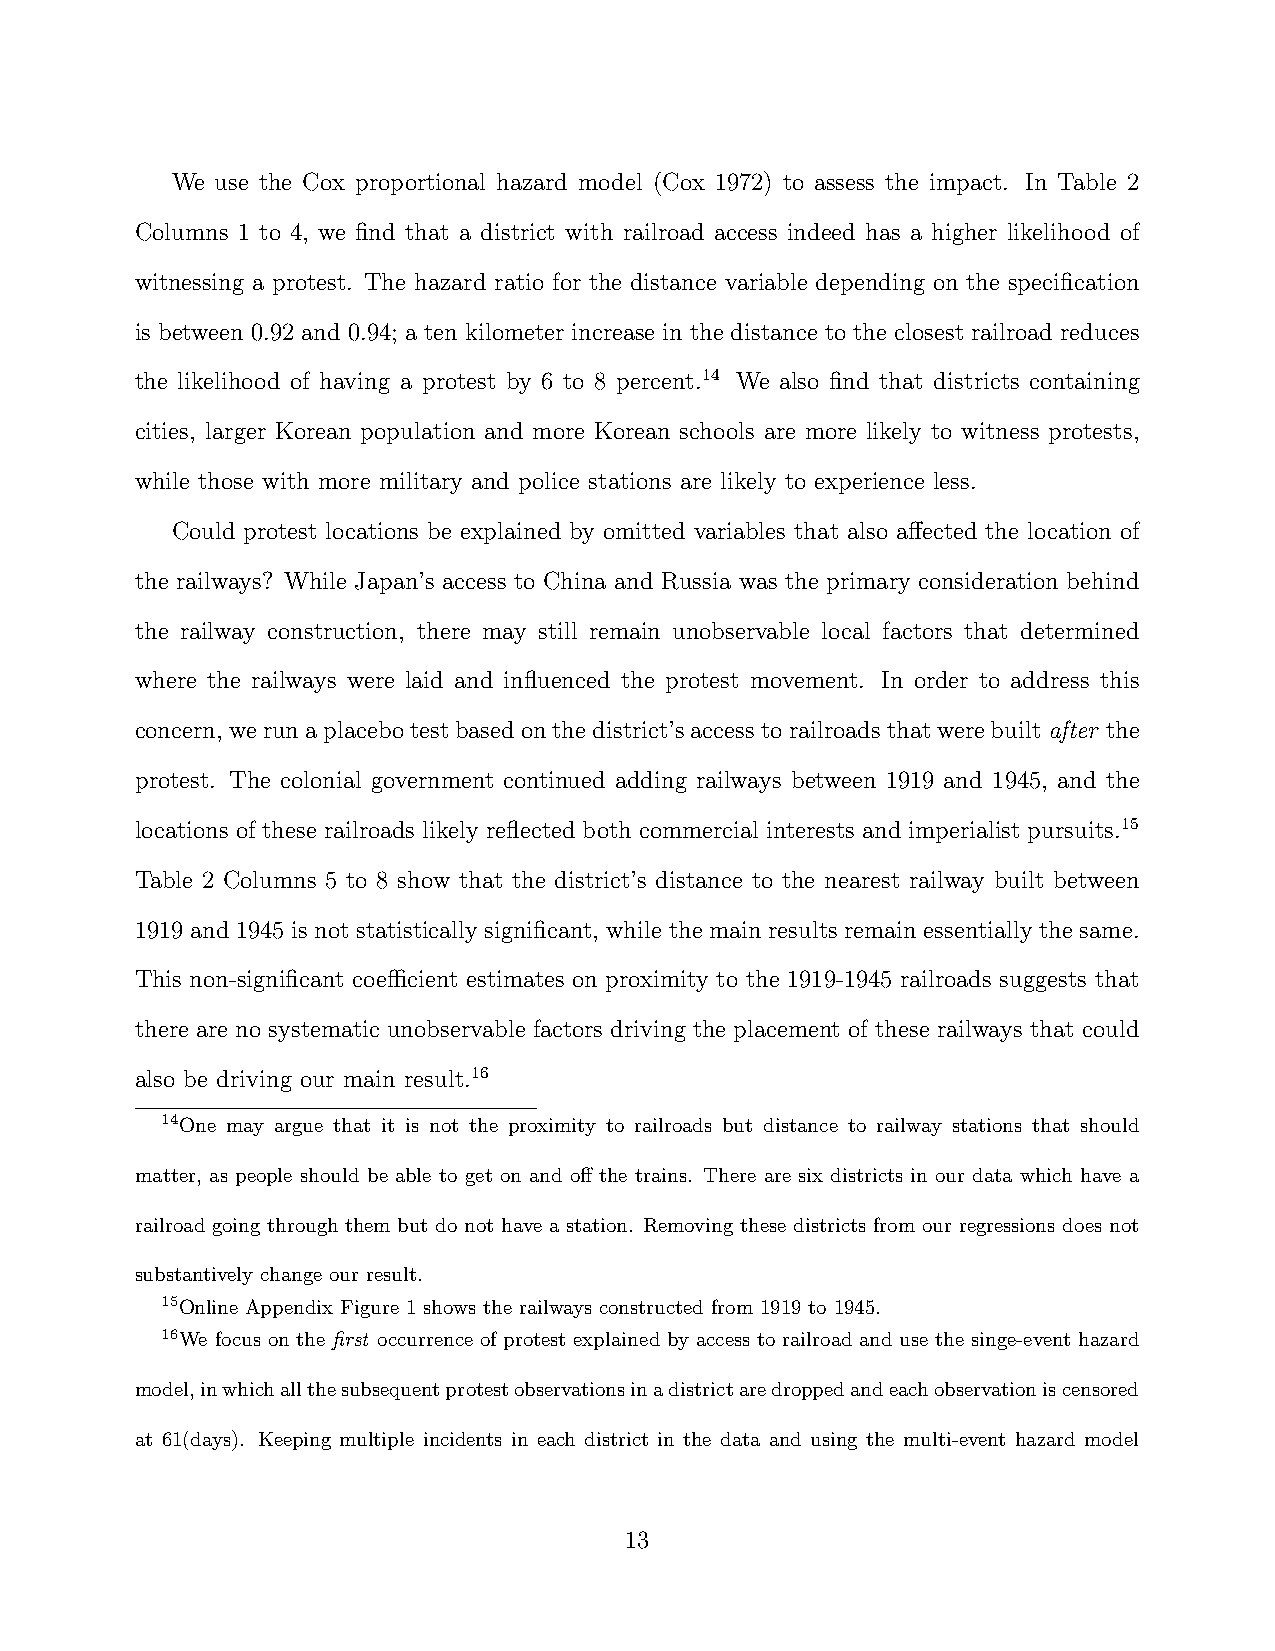
We use the Cox proportional hazard model (Cox 1972) to assess the impact. In Table 2
 Columns 1 to 4, we find that a district with railroad access indeed has a higher likelihood of
 witnessing a protest. The hazard ratio for the distance variable depending on the specification
 is between 0.92 and 0.94; a ten kilometer increase in the distance to the closest railroad reduces
 the likelihood of having a protest by 6 to 8 percent.14 We also find that districts containing
 cities, larger Korean population and more Korean schools are more likely to witness protests,
 while those with more military and police stations are likely to experience less.
 Could protest locations be explained by omitted variables that also affected the location of
 the railways? While Japan’s access to China and Russia was the primary consideration behind
 the railway construction, there may still remain unobservable local factors that determined
 where the railways were laid and influenced the protest movement. In order to address this
 concern, werunaplacebotestbasedonthedistrict’saccesstorailroadsthatwerebuiltafter the
 protest. The colonial government continued adding railways between 1919 and 1945, and the
 locations of these railroads likely reflected both commercial interests and imperialist pursuits.15
 Table 2 Columns 5 to 8 show that the district’s distance to the nearest railway built between
 1919 and 1945 is not statistically significant, while the main results remain essentially the same.
 This non-significant coefficient estimates on proximity to the 1919-1945 railroads suggests that
 there are no systematic unobservable factors driving the placement of these railways that could
 also be driving our main result.16
 14One may argue that it is not the proximity to railroads but distance to railway stations that should
 matter, as people should be able to get on and off the trains. There are six districts in our data which have a
 railroad going through them but do not have a station. Removing these districts from our regressions does not
 substantively change our result.
 15Online Appendix Figure 1 shows the railways constructed from 1919 to 1945.
 16We focus on the first occurrence of protest explained by access to railroad and use the singe-event hazard
 model,inwhichallthesubsequentprotestobservationsinadistrictaredroppedandeachobservationiscensored
 at 61(days). Keeping multiple incidents in each district in the data and using the multi-event hazard model
 13